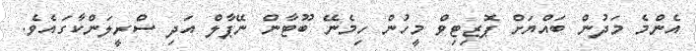
އެންމެ މަދުން ބައްޔަށް ޕޮޒިޓިވް މީހުން ހިމެނޭ ބޫޓާން ނޭޕާލް އަދި ސްރީލަންކާގައެވެ.